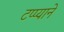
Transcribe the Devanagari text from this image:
टप्प्याने